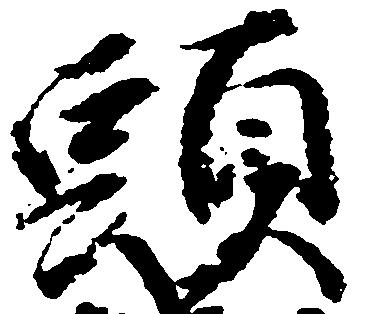
頭